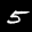
Label: 5